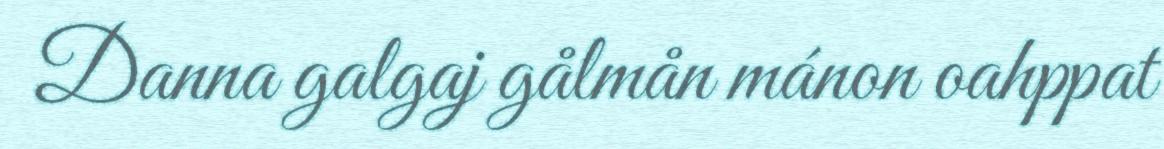
Danna galgaj gålmån mánon oahppat